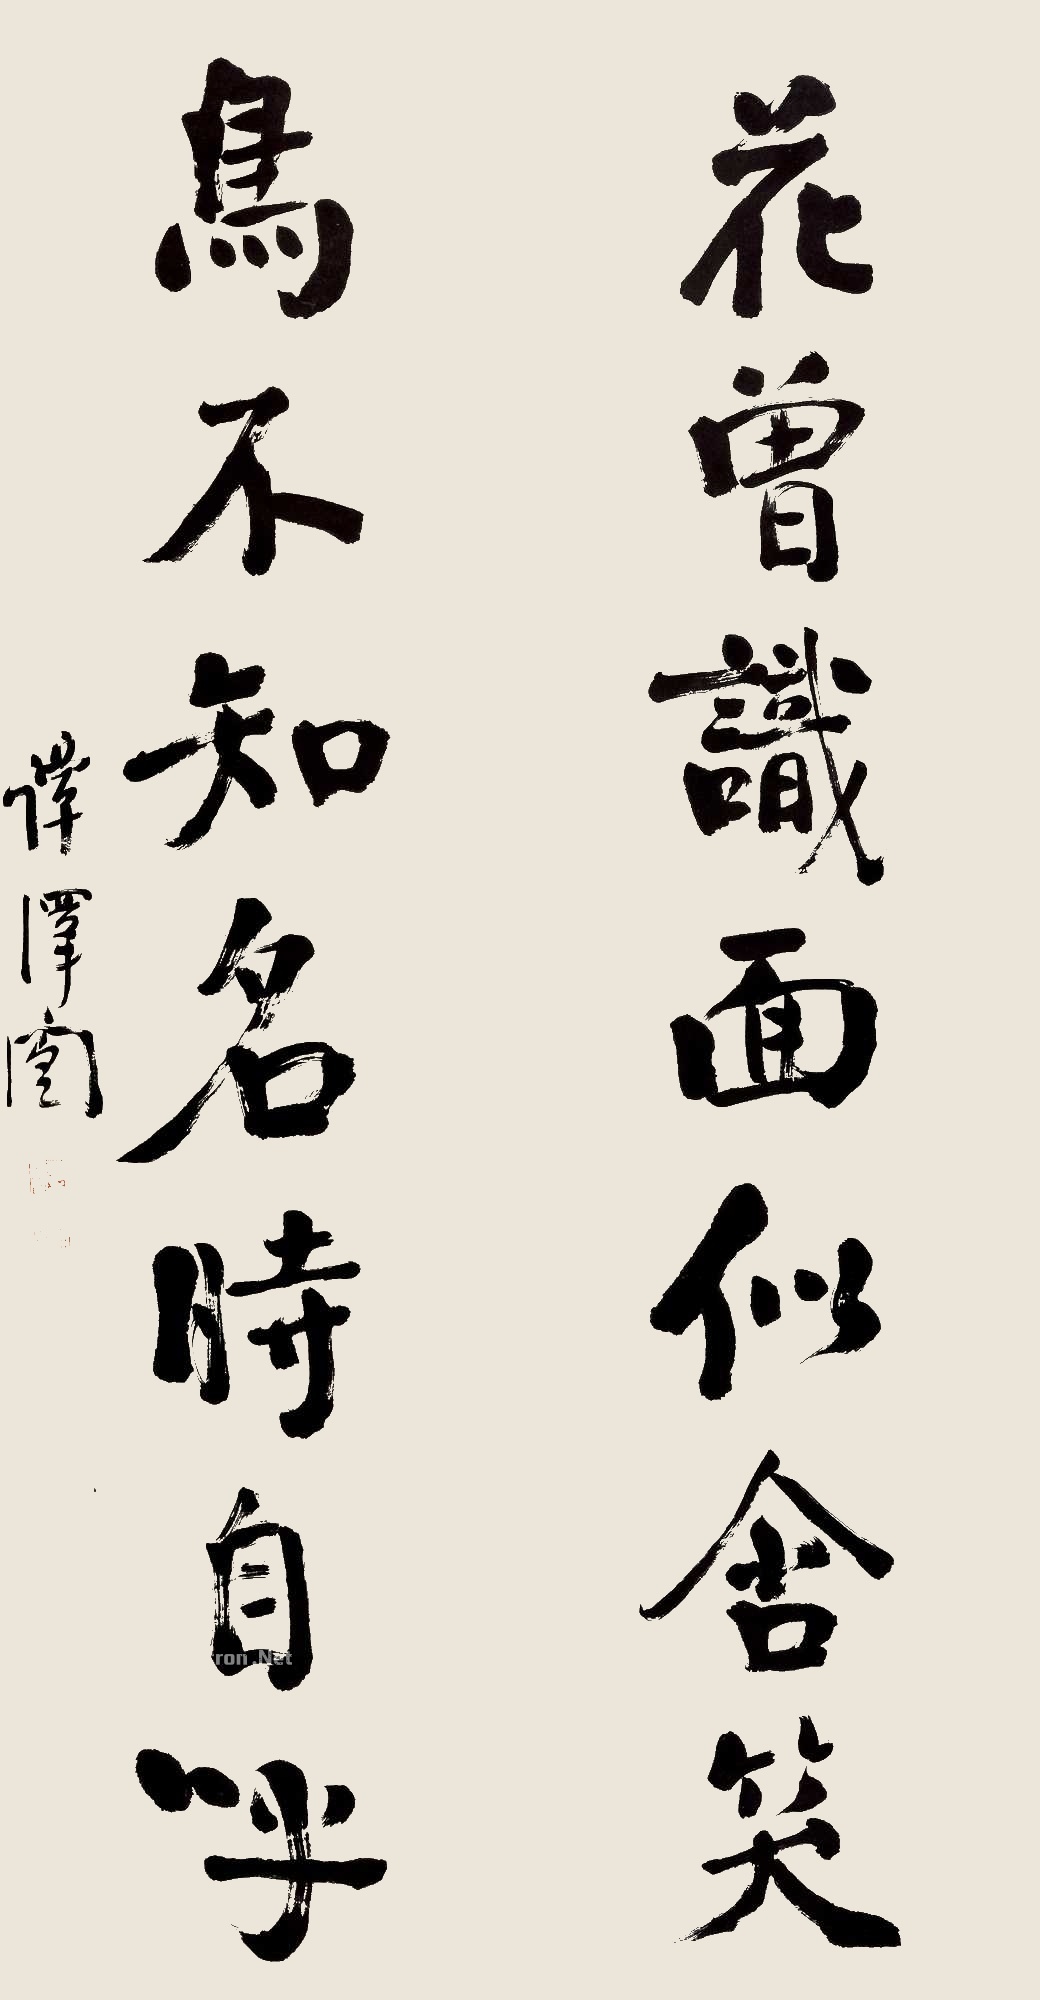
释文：花曾识面似含笑，鸟不知名时自呼。谭泽闿印、瓶斋